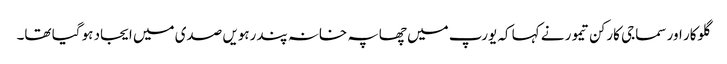
گلوکار اور سماجی کارکن تیمور نے کہا کہ یورپ میں چھاپہ خانہ پندرہویں صدی میں ایجاد ہو گیا تھا۔